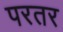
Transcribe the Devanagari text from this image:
परतर